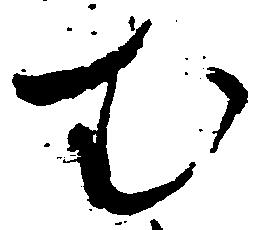
む